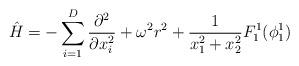
LaTeX: \begin{align*} \hat{H}=-\sum_{i=1}^{D}\frac{\partial^2}{\partial x_i^2}+\omega^2 r^2+\frac{1}{x_1^2+x_2^2}F^1_1(\phi^1_1)\end{align*}